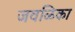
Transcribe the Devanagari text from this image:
जवळिका